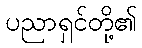
ပညာရှင်တို့၏